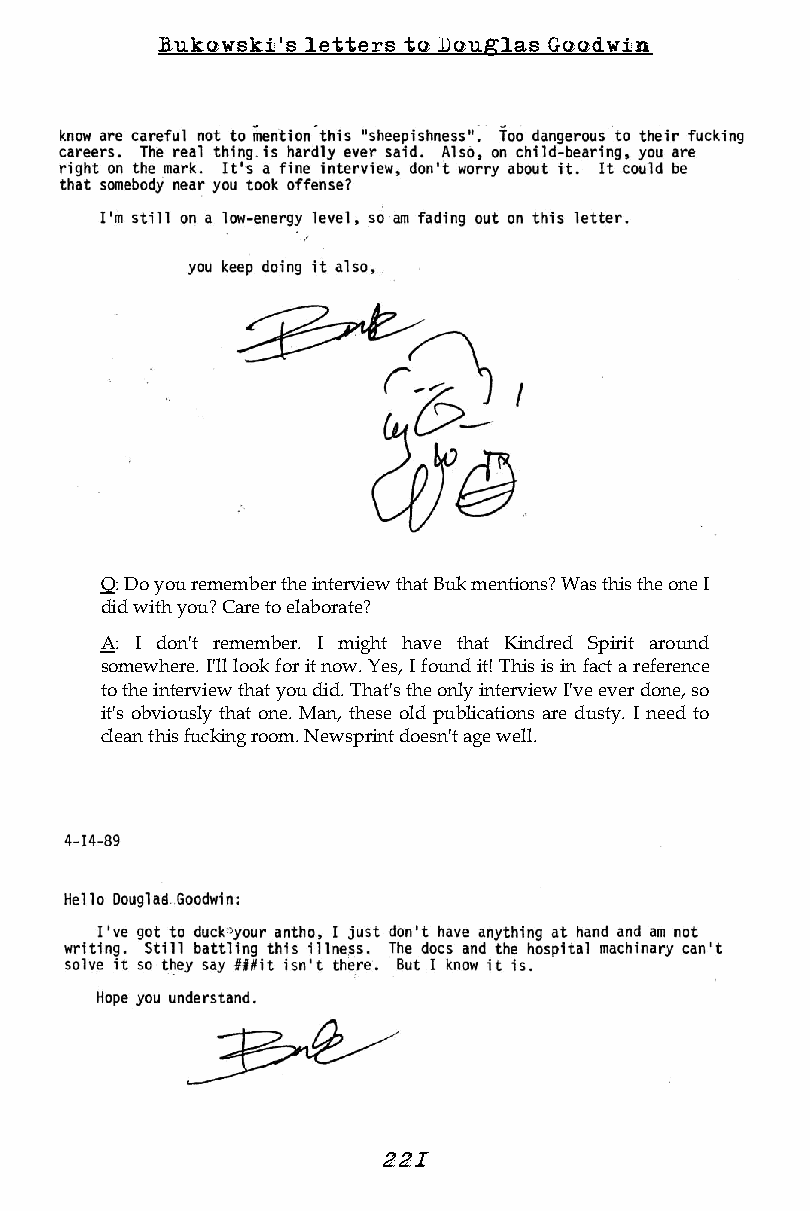
Bukowski's letters to Douglas Goodwin
 Q: Do you remember the interview that Buk mentions? Was this the one I
 did with you? Care to elaborate?
 A: I don't remember. I might have that Kindred Spirit around
 somewhere. I'll look for it now. Yes, I found it! This is in fact a reference
 to the interview that you did. That's the only interview I've ever done, so
 it's obviously that one. Man, these old publications are dusty. I need to
 clean this fucking room. Newsprint doesn't age well.
 22 1